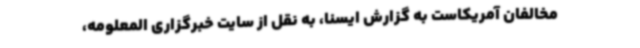
مخالفان آمریکاست به گزارش ایسنا، به نقل از سایت خبرگزاری المعلومه،